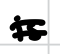
Text: is
Cross-out: mix
Writing tool: digital_black